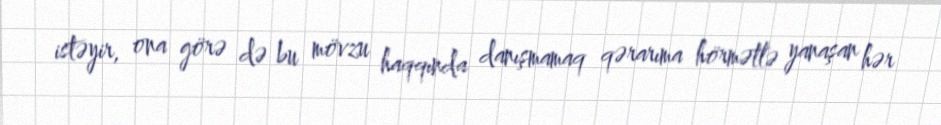
istəyir, ona görə də bu mövzu haqqında danışmamaq qərarıma hörmətlə yanaşan hər